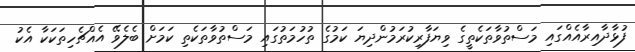
ފުޅާދާއިރާއެއްގައި މަސްތުވާތަކެތީގެ ވިޔަފާރިކުރަމުންދިޔަ ކަމުގެ ތުހުމަތުގައި މަސްތުވާތަކެތި ކަމަށް ބެލެވޭ އެއްޗެހިތަކަކާ އެކު